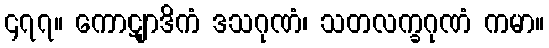
၄၇၇။ ကောဋျာဒိကံ ဒသဂုဏံ၊ သတလက္ခဂုဏံ ကမာ။